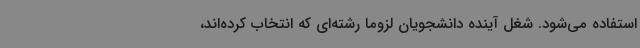
استفاده می‌شود. شغل آینده دانشجویان لزوماً رشته‌ای که انتخاب کرده‌اند،